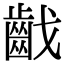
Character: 𪗠